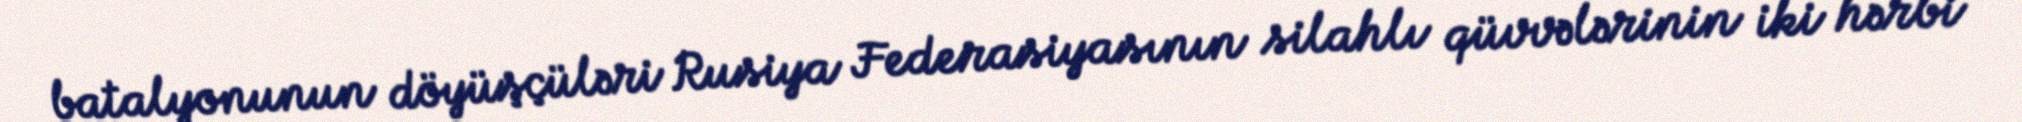
batalyonunun döyüşçüləri Rusiya Federasiyasının silahlı qüvvələrinin iki hərbi